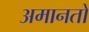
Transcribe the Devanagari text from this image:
अमानतों